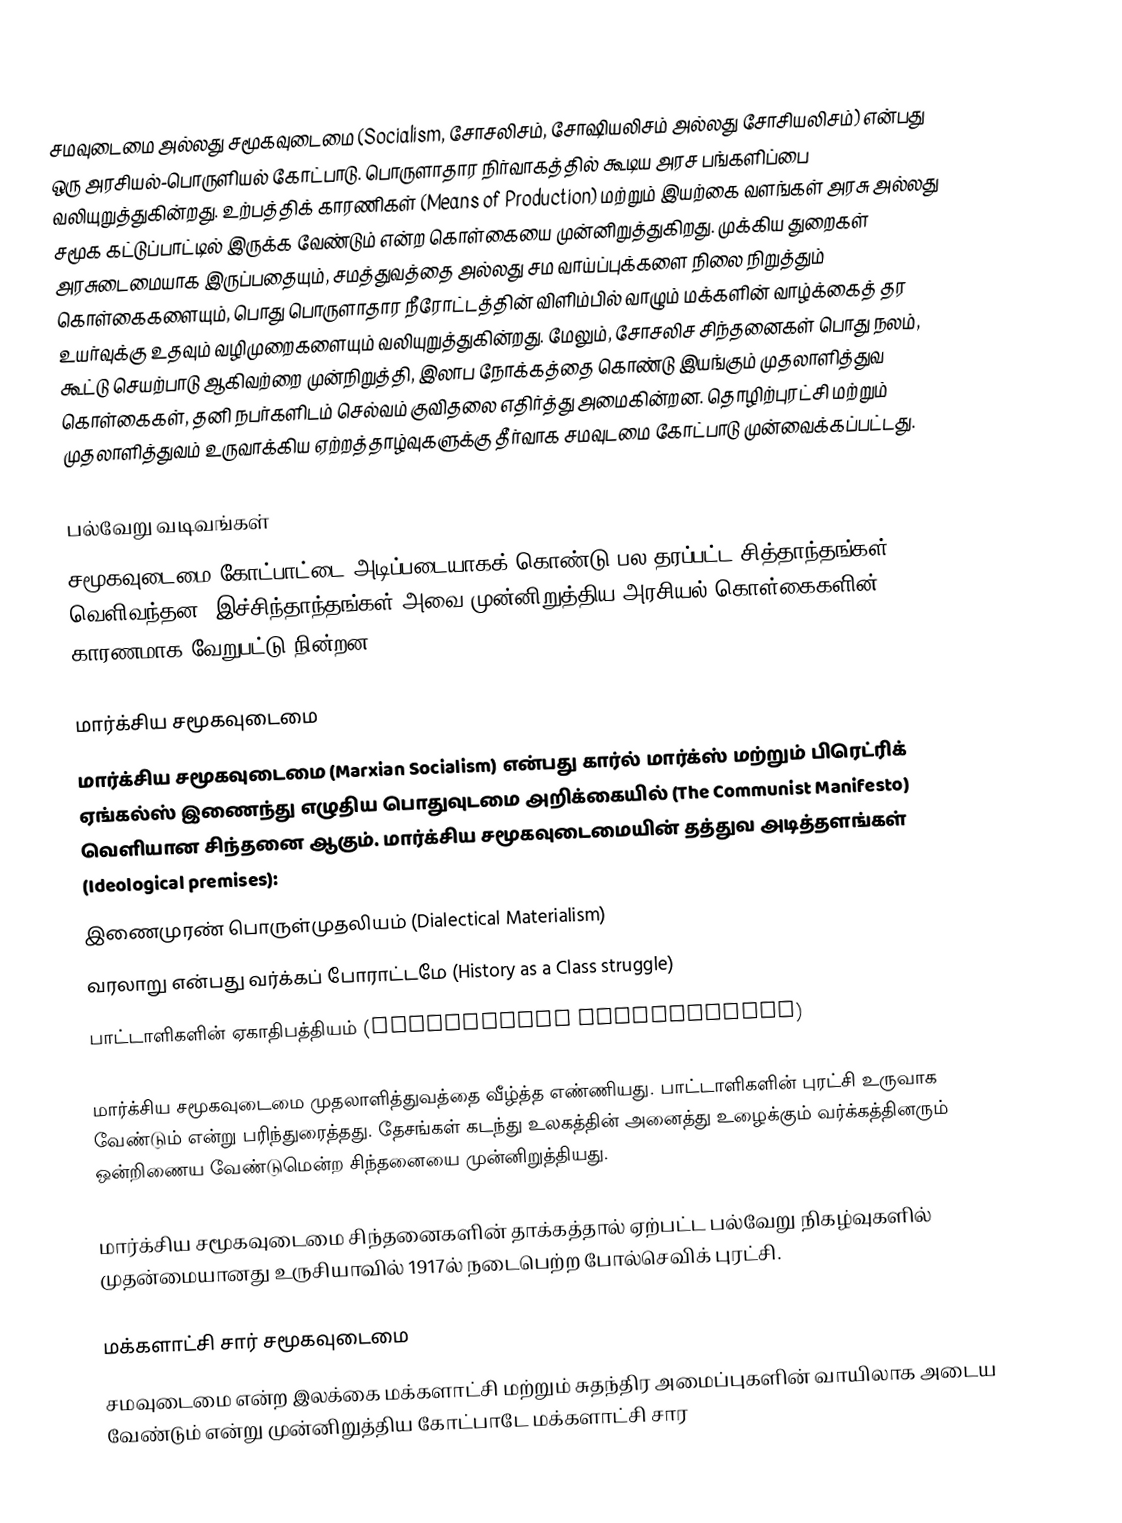
சமவுடைமை அல்லது சமூகவுடைமை (Socialism, சோசலிசம், சோஷியலிசம் அல்லது சோசியலிசம்) என்பது ஒரு அரசியல்-பொருளியல் கோட்பாடு. பொருளாதார நிர்வாகத்தில் கூடிய அரச பங்களிப்பை வலியுறுத்துகின்றது. உற்பத்திக் காரணிகள் (Means of Production) மற்றும் இயற்கை வளங்கள் அரசு அல்லது சமூக கட்டுப்பாட்டில் இருக்க வேண்டும் என்ற கொள்கையை முன்னிறுத்துகிறது. முக்கிய துறைகள் அரசுடைமையாக இருப்பதையும், சமத்துவத்தை அல்லது சம வாய்ப்புக்களை நிலை நிறுத்தும் கொள்கைகளையும், பொது பொருளாதார நீரோட்டத்தின் விளிம்பில் வாழும் மக்களின் வாழ்க்கைத் தர உயர்வுக்கு உதவும் வழிமுறைகளையும் வலியுறுத்துகின்றது. மேலும், சோசலிச சிந்தனைகள் பொது நலம், கூட்டு செயற்பாடு ஆகிவற்றை முன்நிறுத்தி, இலாப நோக்கத்தை கொண்டு இயங்கும் முதலாளித்துவ கொள்கைகள், தனி நபர்களிடம் செல்வம் குவிதலை எதிர்த்து அமைகின்றன. தொழிற்புரட்சி மற்றும் முதலாளித்துவம் உருவாக்கிய ஏற்றத்தாழ்வுகளுக்கு தீர்வாக சமவுடமை கோட்பாடு முன்வைக்கப்பட்டது.

பல்வேறு வடிவங்கள்
சமூகவுடைமை கோட்பாட்டை அடிப்படையாகக் கொண்டு பல தரப்பட்ட சித்தாந்தங்கள் வெளிவந்தன. இச்சிந்தாந்தங்கள் அவை முன்னிறுத்திய அரசியல் கொள்கைகளின் காரணமாக வேறுபட்டு நின்றன.

மார்க்சிய சமூகவுடைமை
மார்க்சிய சமூகவுடைமை (Marxian Socialism) என்பது கார்ல் மார்க்ஸ் மற்றும் பிரெட்ரிக் ஏங்கல்ஸ் இணைந்து எழுதிய பொதுவுடமை அறிக்கையில் (The Communist Manifesto) வெளியான சிந்தனை ஆகும். மார்க்சிய சமூகவுடைமையின் தத்துவ அடித்தளங்கள் (Ideological premises):
 இணைமுரண் பொருள்முதலியம் (Dialectical Materialism)
 வரலாறு என்பது வர்க்கப் போராட்டமே (History as a Class struggle)
 பாட்டாளிகளின் ஏகாதிபத்தியம் (Proletariat Dictatorship)

மார்க்சிய சமூகவுடைமை முதலாளித்துவத்தை வீழ்த்த எண்ணியது. பாட்டாளிகளின் புரட்சி உருவாக வேண்டும் என்று பரிந்துரைத்தது. தேசங்கள் கடந்து உலகத்தின் அனைத்து உழைக்கும் வர்க்கத்தினரும் ஒன்றிணைய வேண்டுமென்ற சிந்தனையை முன்னிறுத்தியது.

மார்க்சிய சமூகவுடைமை சிந்தனைகளின் தாக்கத்தால் ஏற்பட்ட பல்வேறு நிகழ்வுகளில் முதன்மையானது உருசியாவில் 1917ல் நடைபெற்ற போல்செவிக் புரட்சி.

மக்களாட்சி சார் சமூகவுடைமை
சமவுடைமை என்ற இலக்கை மக்களாட்சி மற்றும் சுதந்திர அமைப்புகளின் வாயிலாக அடைய வேண்டும் என்று முன்னிறுத்திய கோட்பாடே மக்களாட்சி சார